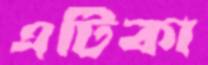
এটিকা